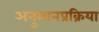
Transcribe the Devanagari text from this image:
अनुमानप्रक्रिया